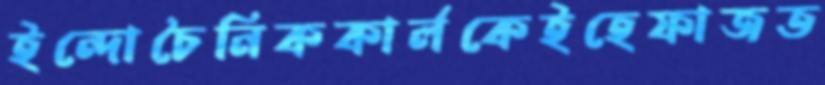
ইন্দোচৈনিককার্লকেইহেফাজত